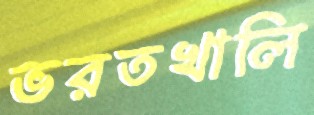
ভরতখালি